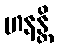
ဟနန္တိ